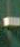
-